Vaccination in Bombay 1889-1901 - 1889-1901
Year: 1889
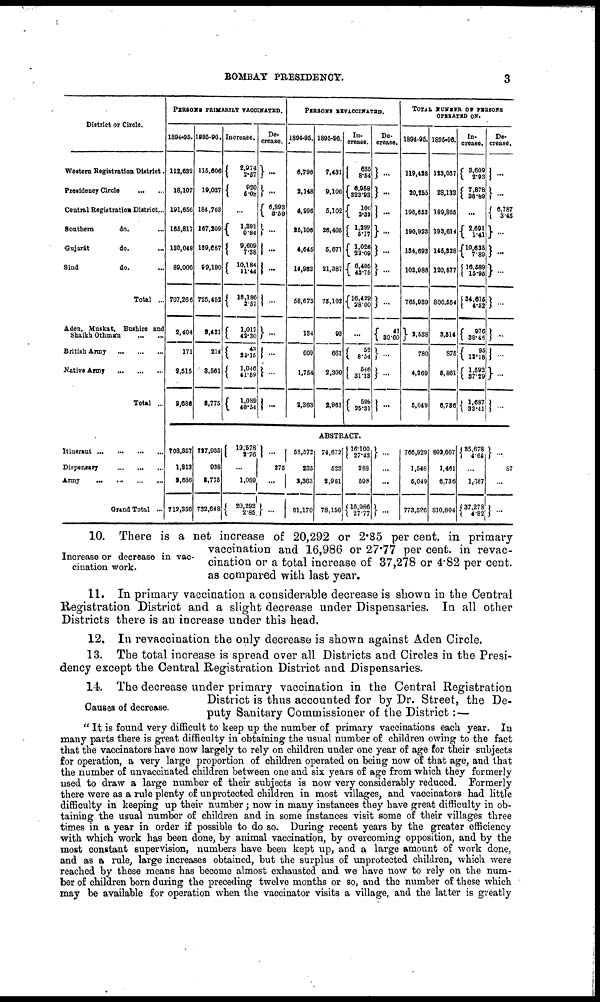
BOMBAY PRESIDENCY.
3
District or Circle.
Western Registration District.
Presidency Circle
...
...
Central Registration District...
Southern
do. ...
Gujarát
do. ...
Sind
do. ...
Total ...
Aden, Muskat, Bushire and
Shaikh Othmán
...
...
British Army
...
...
...
Native Army
...
...
...
Total ...
Itinerant
...
...
...
...
Dispensary ... ... ... ...
Army
...
...
...
...
Grand Total ...
PERSONS PRIMARILY VACCINATED.
1894-95.
112,632
18,107
191,656
165,817
130,048
80,006
707,266
2,404
171
2,515
9,686
1895-96.
115,606
19,027
184,763
167,209
139,657
99,190
725,452
8,421
214
3,561
8,775
Increase.
2,974
2.57
820
5.08
...
1,392
0.84
9,609
7.38
10,184
11.44
18,186
2.57
1,017
42.30
25.15
1,046
41.59
1,089
40.54
De-
crease.
...
...
6,893
8.59
...
...
...
...
...
...
...
...
PERSONS REVACCINATED.
1894-95.
6,796
2,148
4,996
25,106
4,645
14,982
58,673
134
609
1,754
2,363
1895-96
7,431
9,106
5,102
26,405
5,671
21,387
75,102
93
661
2,300
2,961
IN-
crease
635
8.54
6,958
323.93
106
2.38
1,299
5.17
1,026
22.09
6,405
42.75
16,429
28.00
...
52
8.54
546
31.13
598
25.31
De-
crease.
...
...
...
...
...
...
...
41
30.60
...
...
...
TOTAL NUMBER OF PERSONS
OPERATED ON.
1894-95.
119,428
20,255
196,652
190,923
134,693
103,988
765,939
2,538
780
4,269
5,049
1895-96.
123,037
28,133
189,865
193,614
145,328
120,577
800.554
3,514
875
5,861
6,786
In-
crease.
3,609
2.93
7,878
38.89
...
2,691
1.41
10,635
7.89
16,589
15.95
34,615
4.52
976
38.46
95
12.18
1,593
37.29
1,687
33.41
De-
crease.
...
...
6,787
3.45
...
...
...
...
...
...
...
...
ABSTRACT.
708,357
1,813
1,686
710,356
727,935
938
8,775
732,648
19,578
2.76
...
1,089
20,292
2.85
...
375
...
...
58,572
235
2,363
61,170
74,672
523
2,961
78,156
16.100
27.42
288
598
16,986
27.77
...
...
...
...
766,929
1,548
5,049
773,526
802,607
1,461
6,736
810,804
35,678
4.65
...
1,187
37,278
4.82
...
87
...
...
Increase or decrease in vac-
cination work.
10. There is a net increase of 20,292 or 2.85 per cent. in primary
vaccination and 16,986 or 27.77 per cent. in revac¬
cination or a total increase of 37,278 or 4.82 per cent.
as compared with last year.
11. In primary vaccination a considerable decrease is shown in the Central
Registration District and a slight decrease under Dispensaries. In all other
Districts there is an increase under this head.
12. In revaccination the only decrease is shown against Aden Circle.
13. The total increase is spread over all Districts and Circles in the Presi-
dency except the Central Registration District and Dispensaries.
Causes of decrease.
14. The decrease under primary vaccination in the Central Registration
District is thus accounted for by Dr. Street, the De-
puty Sanitary Commissioner of the District: —
" It is found very difficult to keep up the number of primary vaccinations each year. In
many parts there is great difficulty in obtaining the usual number of children owing to the fact
that the vaccinators have now largely to rely on children under one year of age for their subjects
for operation, a very large proportion of children operated on being now of that age, and that
the number of unvaccinated children between one and six years of age from which they formerly
used to draw a large number of their subjects is now very considerably reduced. Formerly
there were as a rule plenty of unprotected children in most villages, and vaccinators had little
difficulty in keeping up their number; now in many instances they have great difficulty in ob-
taining the usual number of children and in some instances visit some of their villages three
times in a year in order if possible to do so. During recent years by the greater efficiency
with which work has been done, by animal vaccination, by overcoming opposition, and by the
most constant supervision, numbers have been kept up, and a large amount of work done,
and as a rule, large increases obtained, but the surplus of unprotected children, which were
reached by these means has become almost exhausted and we have now to rely on the num-
ber of children born during the preceding twelve months or so, and the number of these which
may be available for operation when the vaccinator visits a village, and the latter is greatly